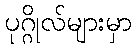
ပုဂ္ဂိုလ်များမှာ